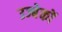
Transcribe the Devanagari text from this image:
उज्बेकों